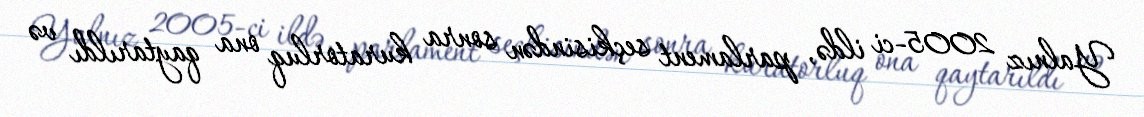
Yalnız 2005-ci ildə, parlament seçkisindən sonra kuratorluq ona qaytarıldı və